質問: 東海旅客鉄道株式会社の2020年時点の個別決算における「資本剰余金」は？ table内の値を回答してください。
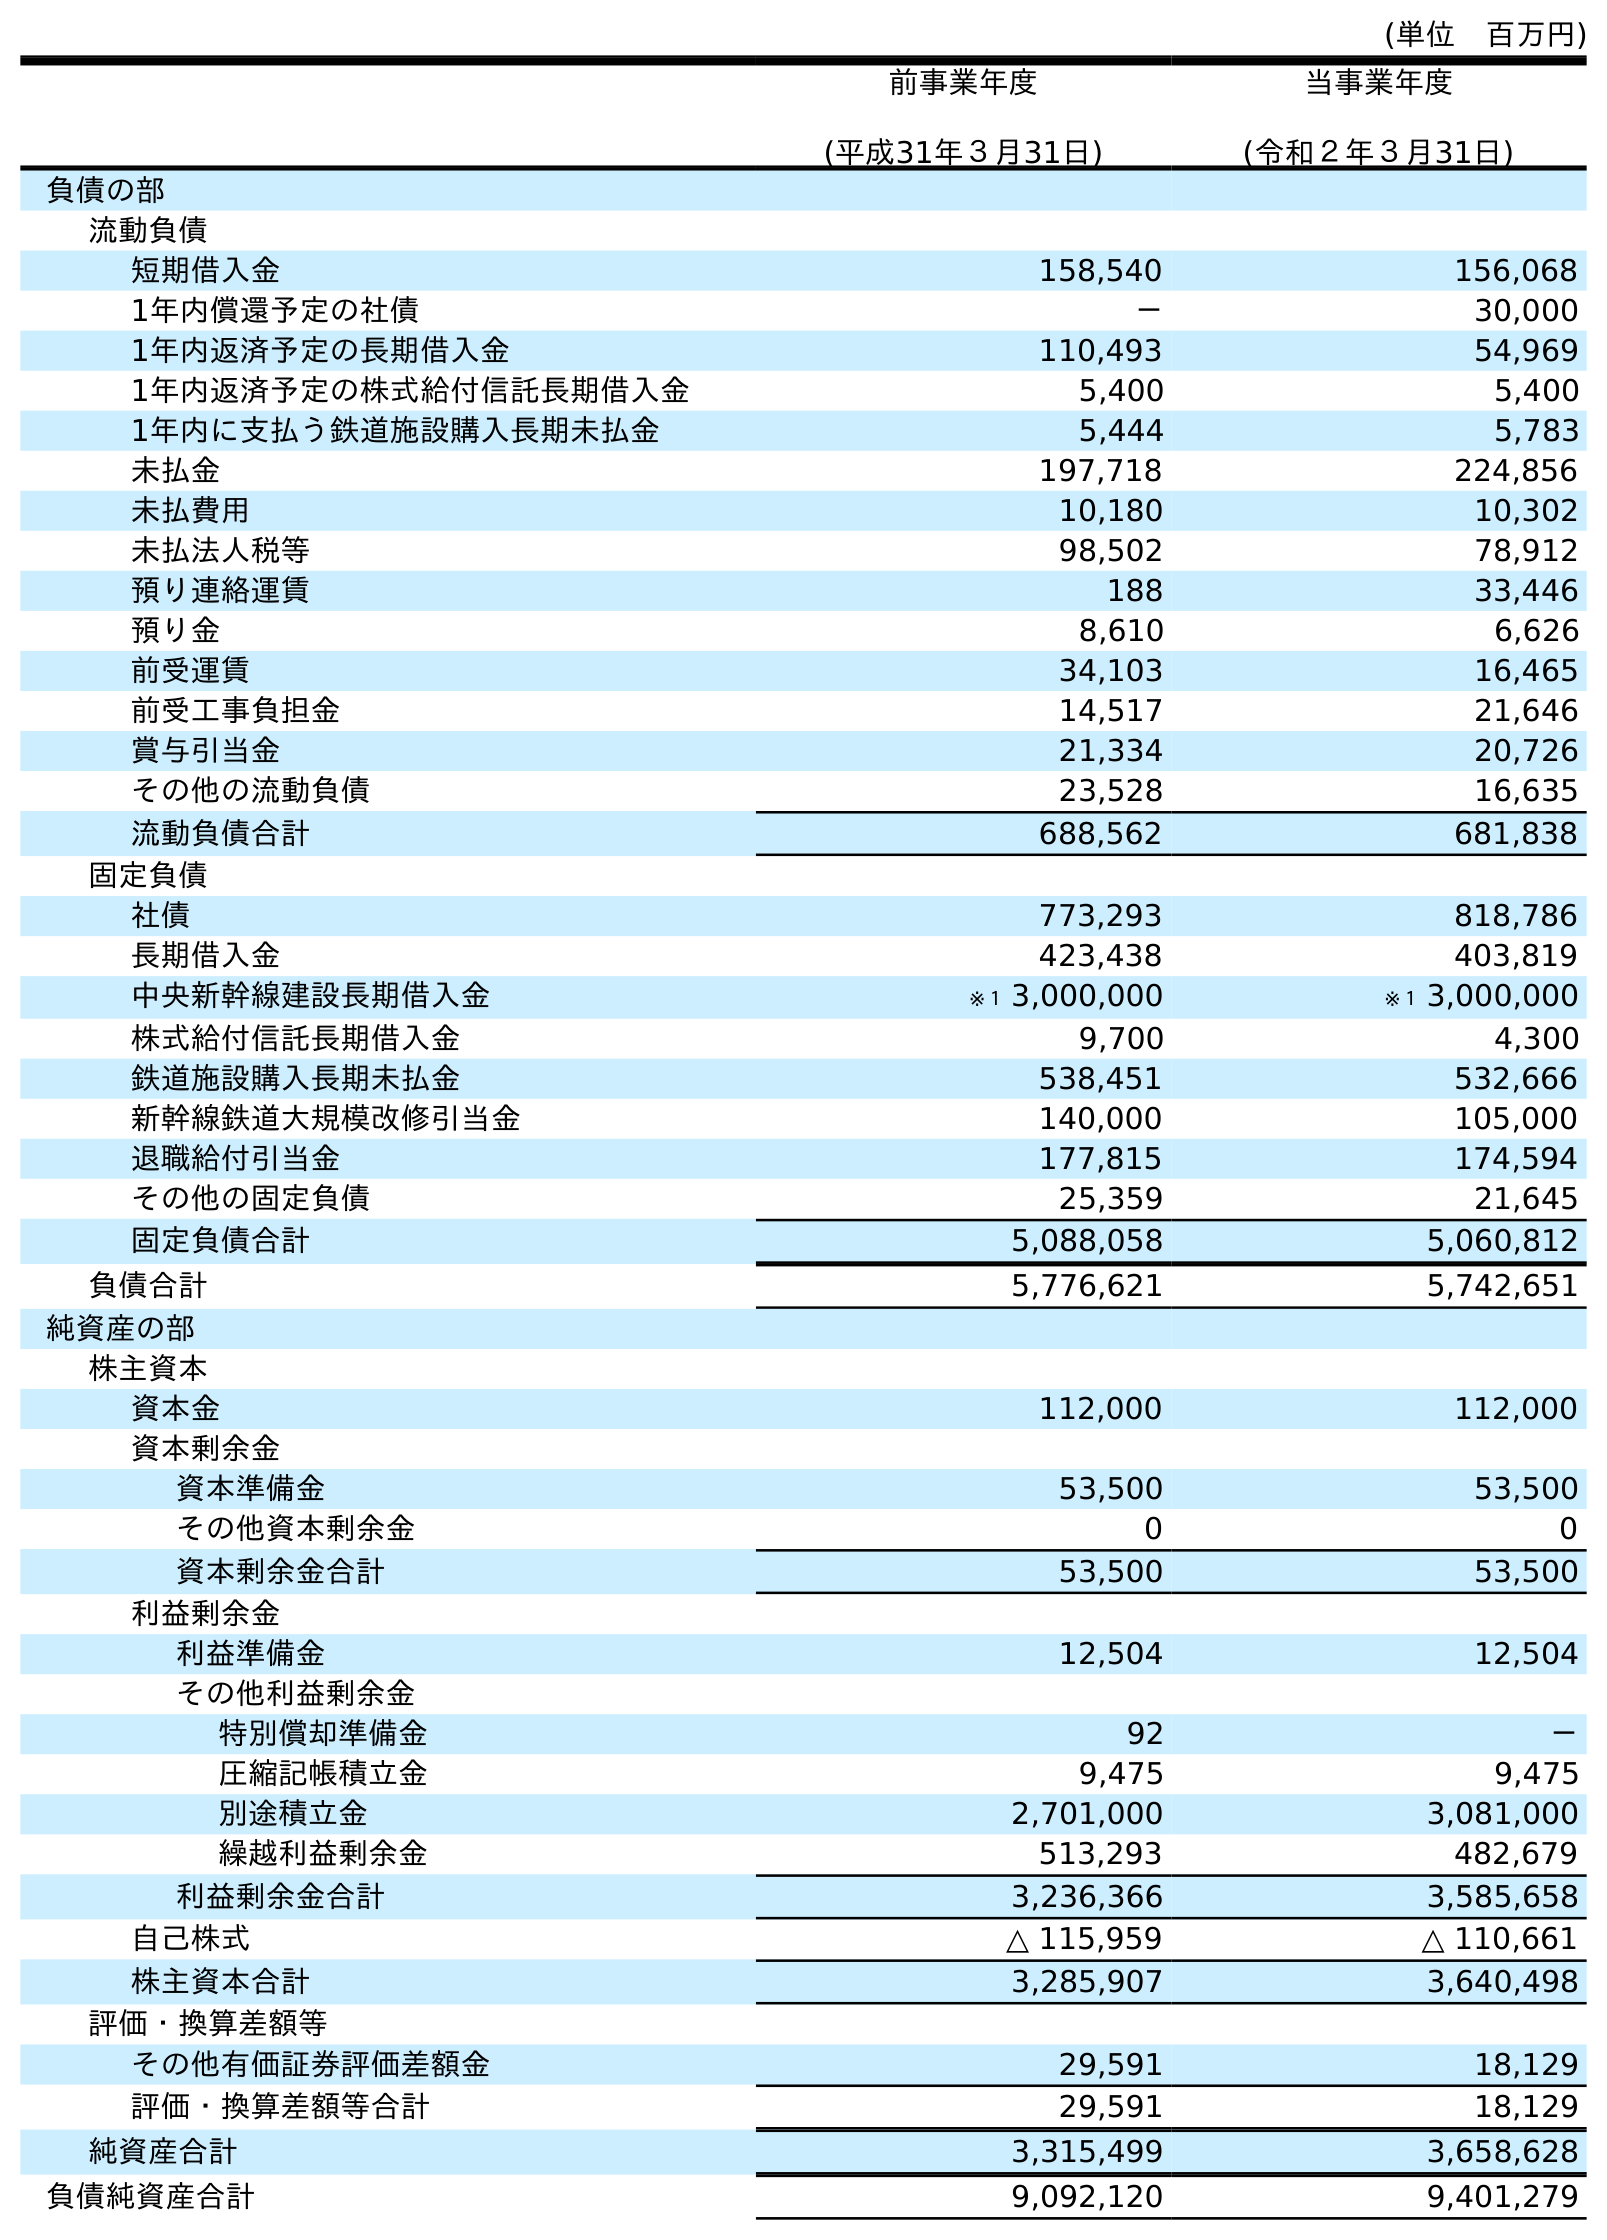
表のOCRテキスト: (単位 百万円) 前事業年度 (平成31年３月31日) 当事業年度 (令和２年３月31日) 負債の部 流動負債 短期借入金 158,540 156,068 1年内償還予定の社債 － 30,000 1年内返済予定の長期借入金 110,493 54,969 1年内返済予定の株式給付信託長期借入金 5,400 5,400 1年内に支払う鉄道施設購入長期未払金 5,444 5,783 未払金 197,718 224,856 未払費用 10,180 10,302 未払法人税等 98,502 78,912 預り連絡運賃 188 33,446 預り金 8,610 6,626 前受運賃 34,103 16,465 前受工事負担金 14,517 21,646 賞与引当金 21,334 20,726 その他の流動負債 23,528 16,635 流動負債合計 688,562 681,838 固定負債 社債 773,293 818,786 長期借入金 423,438 403,819 中央新幹線建設長期借入金 ※１ 3,000,000 ※１ 3,000,000 株式給付信託長期借入金 9,700 4,300 鉄道施設購入長期未払金 538,451 532,666 新幹線鉄道大規模改修引当金 140,000 105,000 退職給付引当金 177,815 174,594 その他の固定負債 25,359 21,645 固定負債合計 5,088,058 5,060,812 負債合計 5,776,621 5,742,651 純資産の部 株主資本 資本金 112,000 112,000 資本剰余金 資本準備金 53,500 53,500 その他資本剰余金 0 0 資本剰余金合計 53,500 53,500 利益剰余金 利益準備金 12,504 12,504 その他利益剰余金 特別償却準備金 92 － 圧縮記帳積立金 9,475 9,475 別途積立金 2,701,000 3,081,000 繰越利益剰余金 513,293 482,679 利益剰余金合計 3,236,366 3,585,658 自己株式 △ 115,959 △ 110,661 株主資本合計 3,285,907 3,640,498 評価・換算差額等 その他有価証券評価差額金 29,591 18,129 評価・換算差額等合計 29,591 18,129 純資産合計 3,315,499 3,658,628 負債純資産合計 9,092,120 9,401,279
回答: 53,500